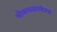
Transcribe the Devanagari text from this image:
भोजनासमवेतच